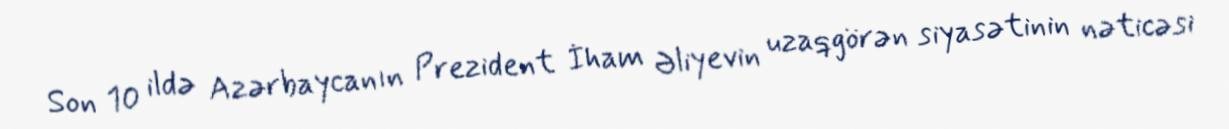
Son 10 ildə Azərbaycanın Prezident İham Əliyevin uzaqgörən siyasətinin nəticəsi